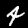
Digit: 4